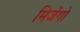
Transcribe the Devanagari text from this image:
मिजेंगो